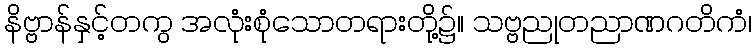
နိဗ္ဗာန်နှင့်တကွ အလုံးစုံသောတရားတို့၌။ သဗ္ဗညုတညာဏဂတိကံ၊